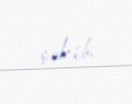
çəkib.